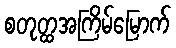
စတုတ္ထအကြိမ်မြောက်